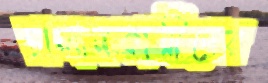
চালানকারীদের